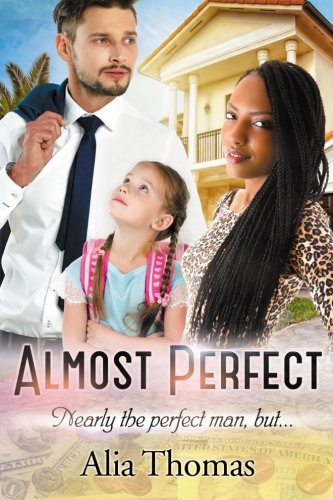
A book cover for Almost Perfect: A BWWM Billionaire Single Parent Romance; Alia Thomas; Romance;